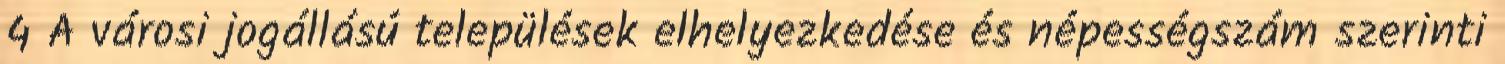
4 A városi jogállású települések elhelyezkedése és népességszám szerinti